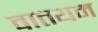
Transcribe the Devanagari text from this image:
वातयम